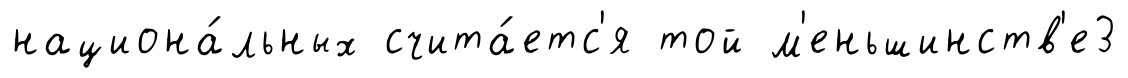
национа́льных счита́етс'я той м'еньшинств'е3